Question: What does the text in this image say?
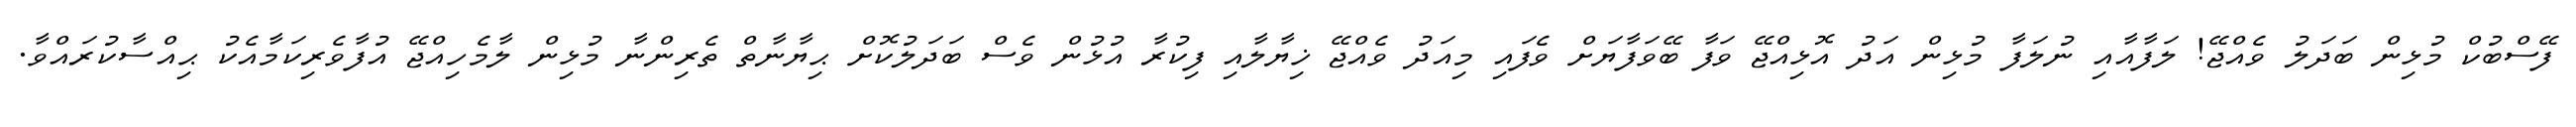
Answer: ފޭސްބުކް މުޅިން ބަދަލު ވެއްޖޭ! ލަފާއާއި ނުލަފާ މުޅިން އަދު އޮޅިއްޖޭ ވަފާ ބޭވަފާޔަށް ވެފައި މިއަދު ވެއްޖޭ ޚިޔާލާއި ފިކުރާ އުޅުން ވެސް ބަދަލުކޮށް ޙިޔާނާތް ތެރިންނާ މުޅިން ލާމެހިއްޖޭ އުފާވެރިކަމާއެކު ޙިއްސާކުރައްވާ.